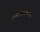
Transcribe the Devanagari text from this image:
पत्रकारितेमधील